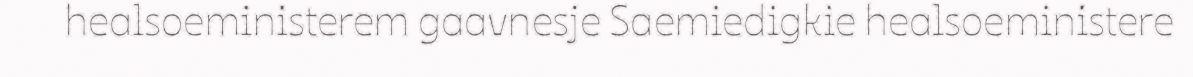
healsoeministerem gaavnesje Saemiedigkie healsoeministere